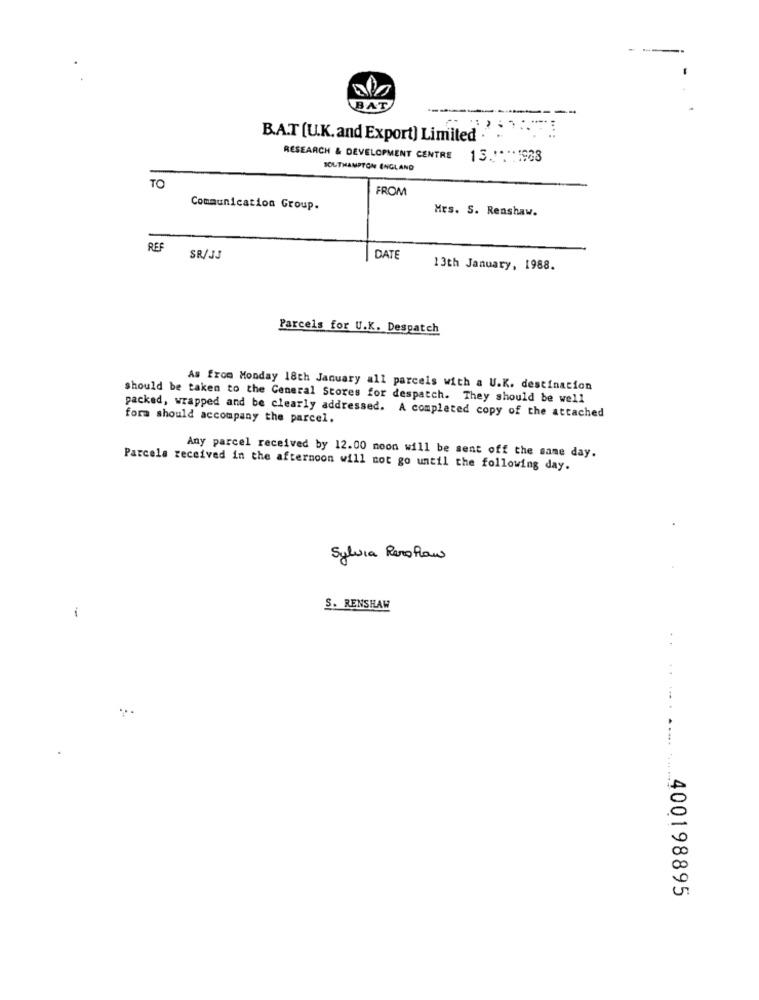
---
BAT
--
B.A.T [U.K. and Export) Limited .
RESEARCH & DEVELOPMENT CENTRE 13 .:*.*: 1968
SOUTHAMPTON ENGLAND
TO
FROM
Communication Group.
Mrs. S. Renshaw.
REF
SR/JJ
DATE
13th January, 1988.
Parcels for U.K. Despatch
As from Monday 18th January all parcels with a U.K. destination
should be taken to the General Stores for despatch. They should be well
packed, wrapped and be clearly addressed. A completed copy of the attached
form should accompany the parcel.
Any parcel received by 12.00 moon will be sent off the same day.
Parcela received in the afternoon will not go until the following day.
Sylvia Pero Raw
S. RENSHAW
400198895